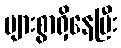
များစွာရှိနေပြီး